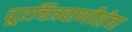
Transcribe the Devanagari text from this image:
दूरचित्रवाणीसेवा